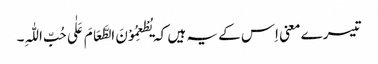
تیسرے معنی اِس کے یہ ہیں کہ یُطْعِمُوْنَ الطَّعَامَ عَلٰی حُبِّ اللّٰہِ۔